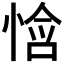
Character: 𫺧